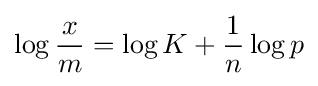
\log {\frac {x}{m}}=\log K+{\frac {1}{n}}\log p